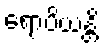
ရောပိယန္တိ